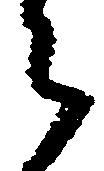
令